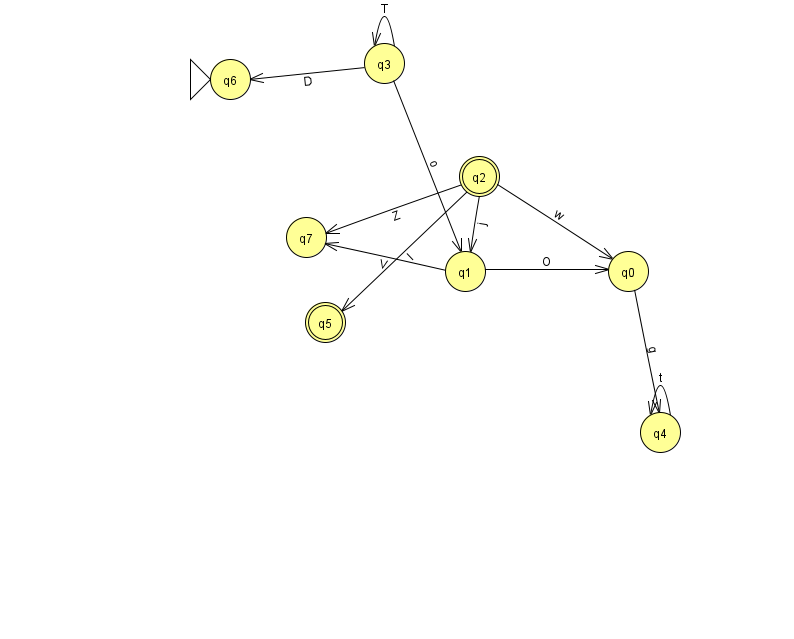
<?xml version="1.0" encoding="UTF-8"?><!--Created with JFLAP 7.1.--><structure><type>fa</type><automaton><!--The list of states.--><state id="0" name="q0"><x>628.0</x><y>258.0</y></state><state id="1" name="q1"><x>465.0</x><y>258.0</y></state><state id="2" name="q2"><x>479.0</x><y>163.0</y><final/></state><state id="3" name="q3"><x>384.0</x><y>50.0</y></state><state id="4" name="q4"><x>660.0</x><y>419.0</y></state><state id="5" name="q5"><x>325.0</x><y>309.0</y><final/></state><state id="6" name="q6"><x>230.0</x><y>66.0</y><initial/></state><state id="7" name="q7"><x>306.0</x><y>224.0</y></state><!--The list of transitions.--><transition><from>1</from><to>0</to><read>O</read></transition><transition><from>1</from><to>7</to><read>V</read></transition><transition><from>2</from><to>5</to><read>I</read></transition><transition><from>3</from><to>3</to><read>T</read></transition><transition><from>4</from><to>4</to><read>t</read></transition><transition><from>0</from><to>4</to><read>g</read></transition><transition><from>3</from><to>1</to><read>o</read></transition><transition><from>2</from><to>7</to><read>Z</read></transition><transition><from>3</from><to>6</to><read>D</read></transition><transition><from>2</from><to>1</to><read>j</read></transition><transition><from>2</from><to>0</to><read>w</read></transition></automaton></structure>